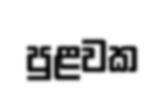
පුළවක